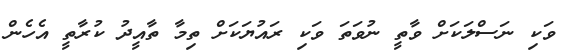
ވަކި ނަސްލަކަށް ވާތީ ނުވަތަ ވަކި ރައުޔަކަށް ތިމާ ތާއީދު ކުރާތީ އެހެން